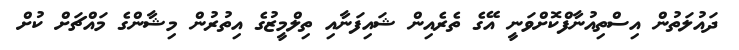
ދައުލަތުން އިސްތިއުނާފްކޮށްވަނީ އޭގެ ތެރެއިން ޝައިފަނާއި ތިލްމީޒުގެ އިތުރުން މިޝާންގެ މައްޗަށް ކުށް